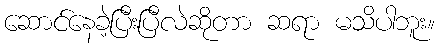
ဆောင်နေခဲ့ပြီးပြီလဲဆိုတာ ဆရာ မသိပါဘူး။